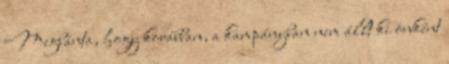
Megbánta, hogy korábban, a kampányban nem állt ki önként